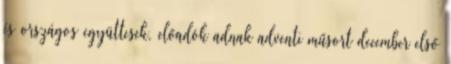
és országos együttesek, előadók adnak adventi műsort december első